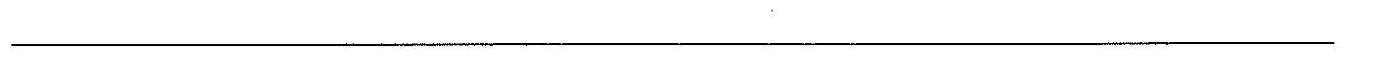
___